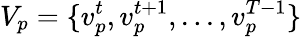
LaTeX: V_{p}=\{ v_{p}^{t},v_{p}^{t+1},...,v_{p}^{T-1}\}